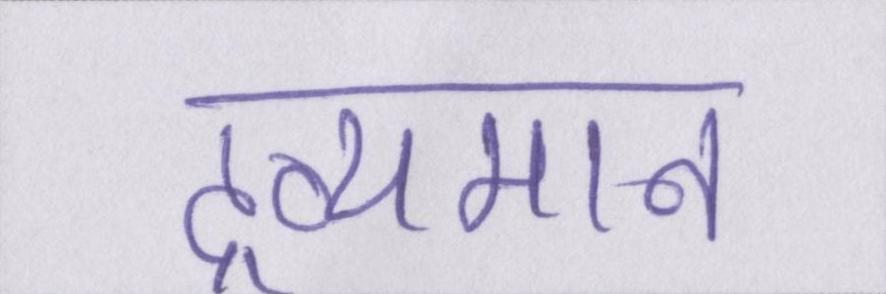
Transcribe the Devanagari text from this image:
द्रव्यमान